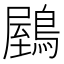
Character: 𪃮